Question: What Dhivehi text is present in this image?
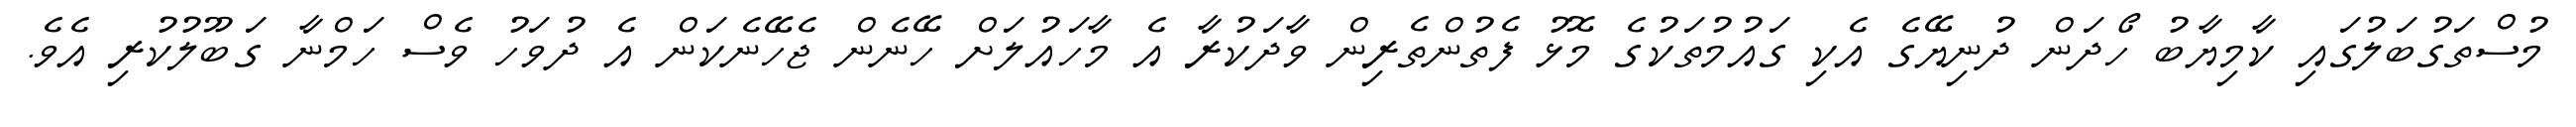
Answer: މުސްތަގުބަލުގައި ކާމިޔާބު ހޯދަން ދުނިޔޭގެ އެކި ގައުމުތަކުގެ މޮޅު ފެތުންތެރިން ވާދަކުރާ އެ މާހައުލަށް ހޭނެން ޖެހޭނެކަން އެ ދުވަހު ވެސް ހަމްނާ ގަބޫލުކުރި އެވެ.